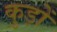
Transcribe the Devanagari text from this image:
कुड़ों